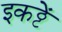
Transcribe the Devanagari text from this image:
इकट्ठें